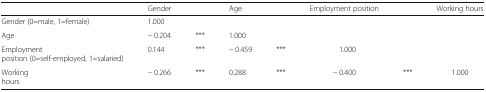
<table><thead><tr><td></td><td><b>Gender</b></td><td></td><td><b>Age</b></td><td></td><td><b>Employment position</b></td><td></td><td><b>Working hours</b></td></tr></thead><tbody><tr><td>Gender (0=male, 1=female)</td><td>1.000</td><td></td><td></td><td></td><td></td><td></td><td></td></tr><tr><td>Age</td><td>− 0.204</td><td>***</td><td>1.000</td><td></td><td></td><td></td><td></td></tr><tr><td>Employment position (0=self-employed, 1=salaried)</td><td>0.144</td><td>***</td><td>− 0.459</td><td>***</td><td>1.000</td><td></td><td></td></tr><tr><td>Working hours</td><td>− 0.266</td><td>***</td><td>0.288</td><td>***</td><td>− 0.400</td><td>***</td><td>1.000</td></tr></tbody></table>